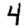
Digit: 4